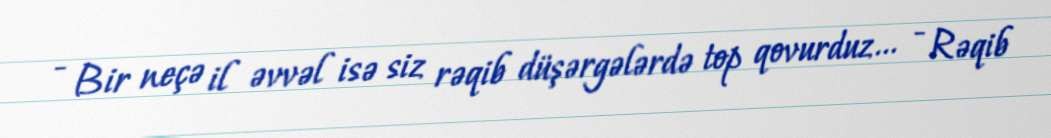
- Bir neçə il əvvəl isə siz rəqib düşərgələrdə top qovurduz... - Rəqib